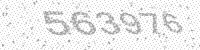
Solution: 563976